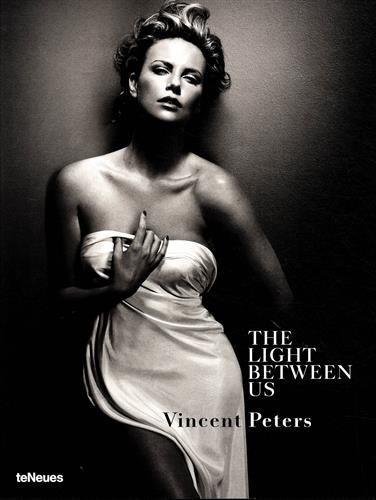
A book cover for The Light Between Us; Arts & Photography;